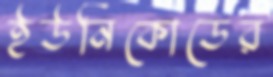
ইউনিকোডের